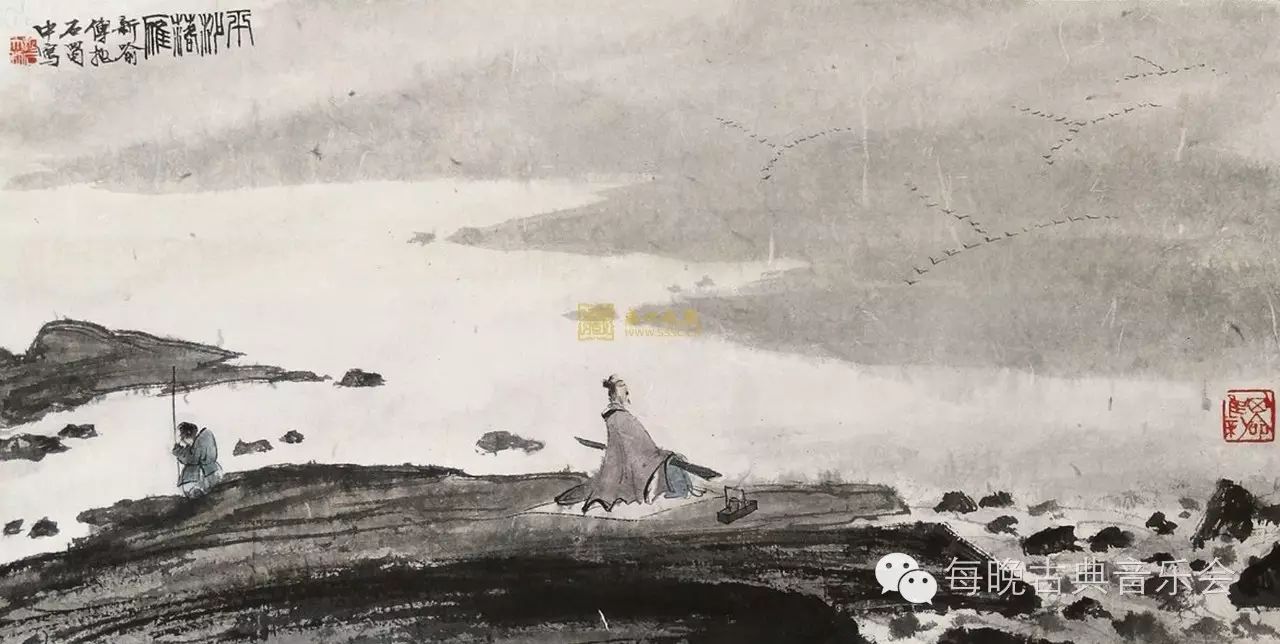
凉风起天末，君子意如何。